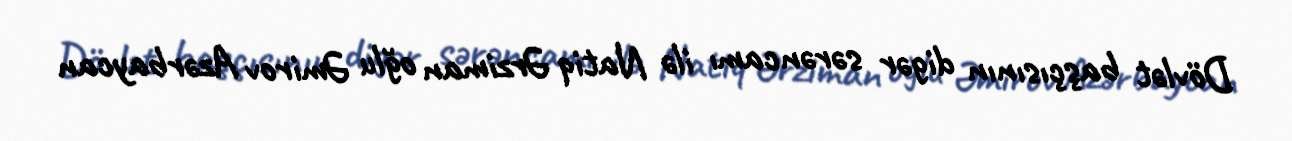
Dövlət başçısının digər sərəncamı ilə Natiq Ərziman oğlu Əmirov Azərbaycan